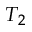
T _ { 2 }